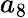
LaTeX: a_{8}